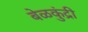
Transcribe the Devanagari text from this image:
बेळकुंद्री